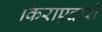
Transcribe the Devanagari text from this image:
किराएदारो